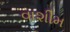
વાશીમ